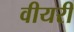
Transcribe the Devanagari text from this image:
वीयरी